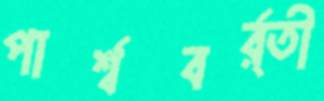
পার্শ্ববর্র্তী